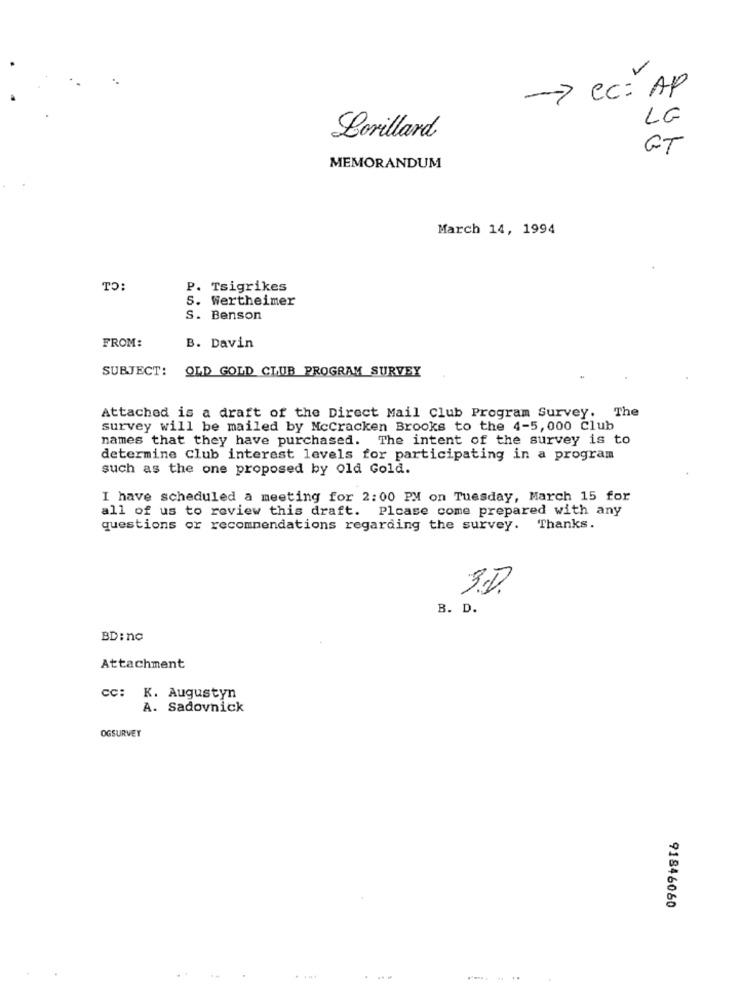
-> Cc: AP
LG
Lorillard
GT
MEMORANDUM
March 14, 1994
TO:
P. Tsigrikes
s. Wertheimer
S. Benson
FROM:
B. Davin
SUBJECT: OLD GOLD CLUB PROGRAM SURVEY
Attached is a draft of the Direct Mail Club Program Survey. The
survey will be mailed by Mccracken Brooks to the 4-5, 000 Club
names that they have purchased. The intent of the survey is to
determine Club interest levels for participating in a program
such as the one proposed by old Gold.
I have scheduled a meeting for 2:00 PM on Tuesday, March 15 for
all of us to review this draft. Please come prepared with any
questions or recommendations regarding the survey. Thanks.
3.D.
B. D.
BD: nc
Attachment
cc: K. Augustyn
A. Sadovnick
OGSURVEY
91846060